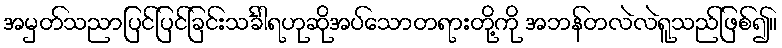
အမှတ်သညာပြင်ပြင်ခြင်းသင်္ခါရဟုဆိုအပ်သောတရားတို့ကို အဘန်တလဲလဲရူသည်ဖြစ်၍။